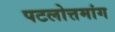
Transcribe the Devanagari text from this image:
पटलोत्तमांग